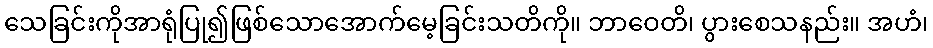
သေခြင်းကိုအာရုံပြု၍ဖြစ်သောအောက်မေ့ခြင်းသတိကို။ ဘာဝေတိ၊ ပွားစေသနည်း။ အဟံ၊